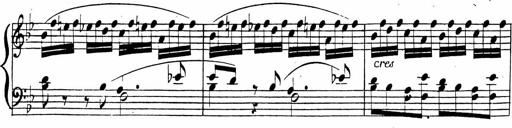
Title: 2 Piano Sonatinas
Composer: Ferdinand Ries